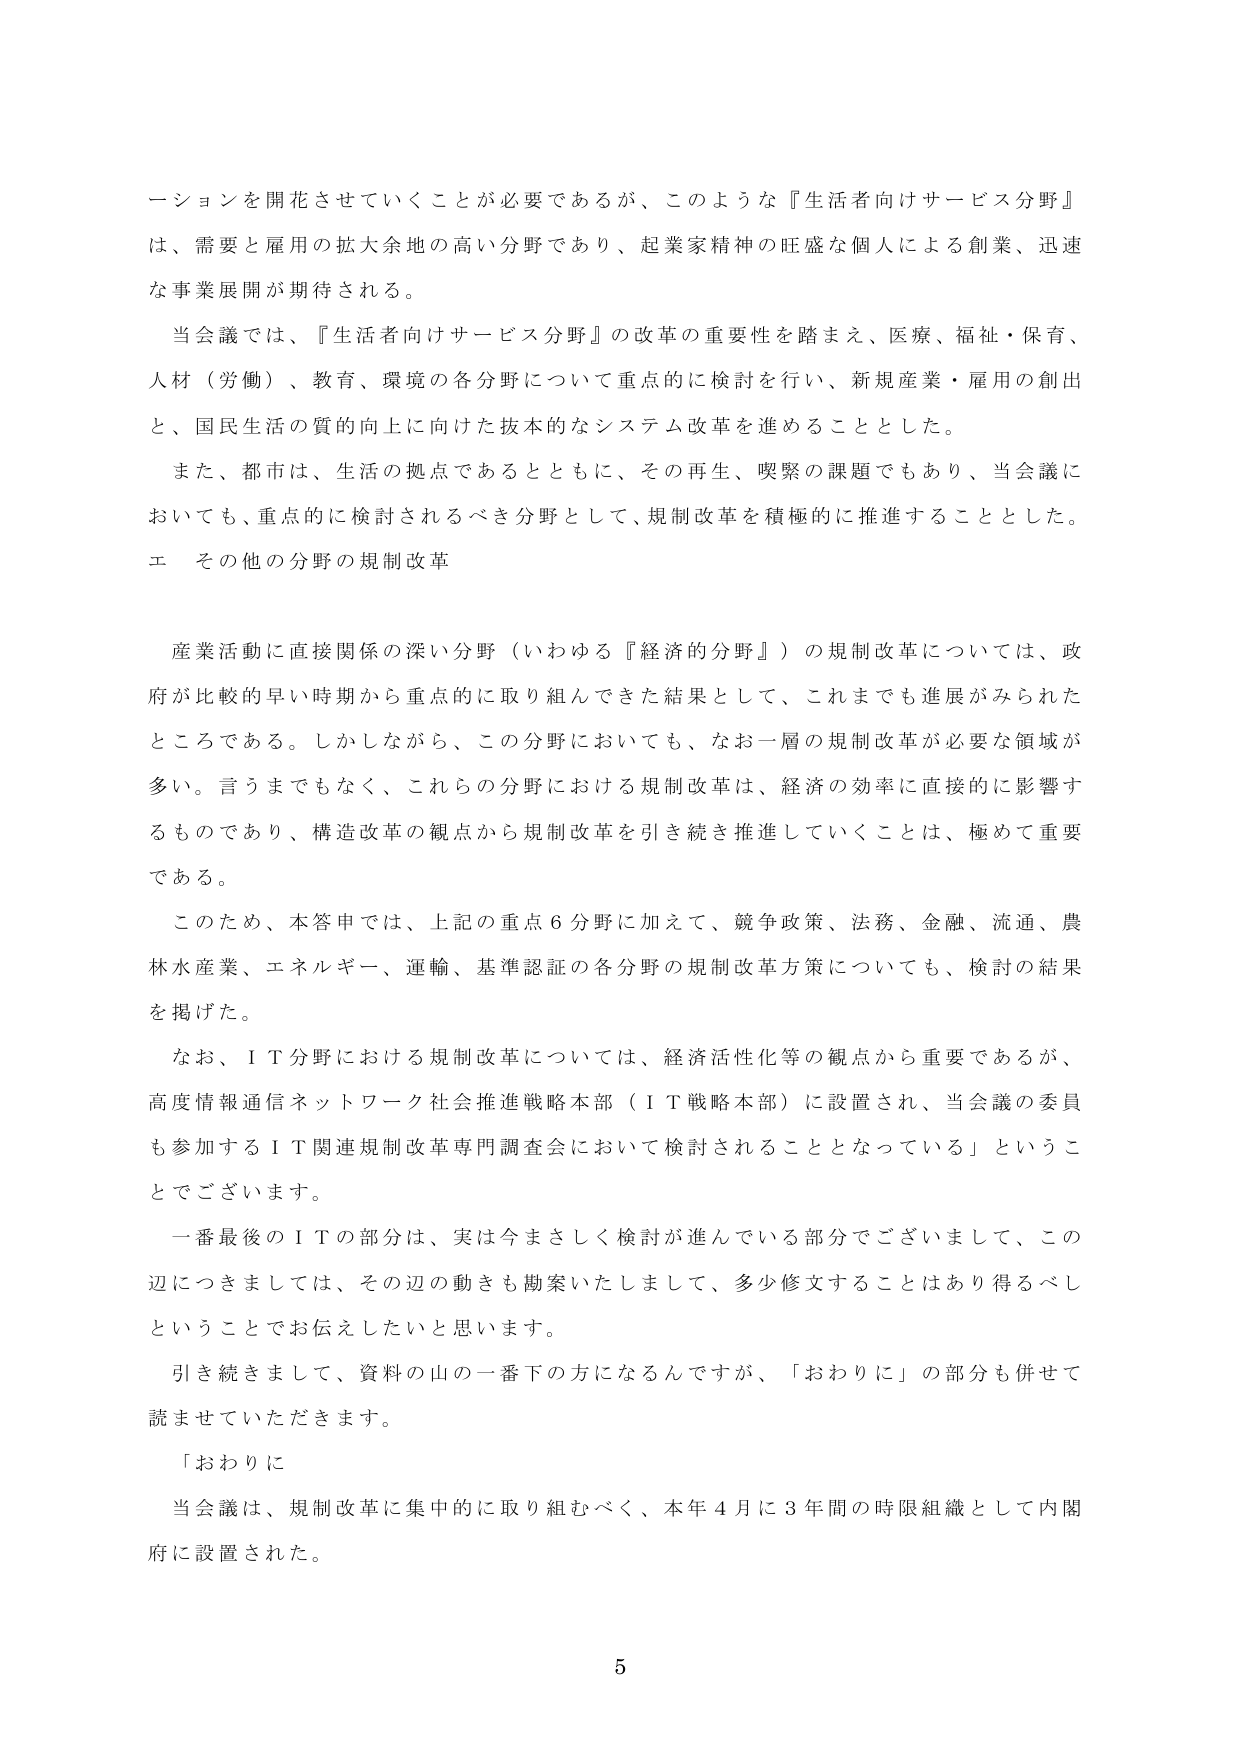
ーションを開花させていくことが必要であるが、このような『生活者向けサービス分野』
は、需要と雇用の拡大余地の高い分野であり、起業家精神の旺盛な個人による創業、迅速
な事業展開が期待される。
当会議では、『生活者向けサービス分野』の改革の重要性を踏まえ、医療、福祉・保育、
人材（労働）、教育、環境の各分野について重点的に検討を行い、新規産業・雇用の創出
と、国民生活の質の向上に向けた抜本的なシステム改革を進めることとした。
また、都市は、生活の拠点であるとともに、その再生、喫緊の課題でもあり、当会議に
おいても、重点的に検討されるべき分野として、規制改革を積極的に推進することとした。
エ その他の分野の規制改革
産業活動に直接関係の深い分野（いわゆる『経済的分野』）の規制改革については、政
府が比較的早い時期から重点的に取り組んできた結果として、これまでも進展がみられた
ところである。しかしながら、この分野においても、なお一層の規制改革が必要な領域が
多い。言うまでもなく、これらの分野における規制改革は、経済の効率に直接的に影響す
るものであり、構造改革の観点から規制改革を引き続き推進していくことは、極めて重要
である。
このため、本答申では、上記の重点６分野に加えて、競争政策、法務、金融、流通、農
林水産業、エネルギー、運輸、基準認証の各分野の規制改革方策についても、検討の結果
を掲げた。
なお、ＩＴ分野における規制改革については、経済活性化等の観点から重要であるが、
高度情報通信ネットワーク社会推進戦略本部（ＩＴ戦略本部）に設置され、当会議の委員
も参加するＩＴ関連規制改革専門調査会において検討されることとなっている」というこ
とでございます。
一番最後のＩＴの部分は、実は今まさしく検討が進んでいる部分でございまして、この
辺につきましては、その辺の動きも勘案いたしまして、多少修文することはあり得るべし
ということでお伝えしたいと思います。
引き続きまして、資料の山の一番下の方になるんですが、「おわりに」の部分も併せて
読ませていただきます。
「おわりに
当会議は、規制改革に集中的に取り組むべく、本年４月に３年間の時限組織として内閣
府に設置された。
5